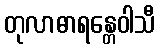
တုလာဓာရန္တေဝါသီ